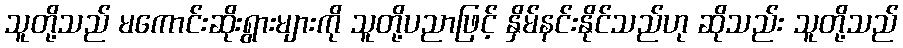
သူတို့သည် မကောင်းဆိုးရွားများကို သူတို့ပညာဖြင့် နှိမ်နင်းနိုင်သည်ဟု ဆိုသည်း သူတို့သည်